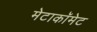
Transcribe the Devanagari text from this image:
मेटाकॉमेट